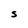
Character: S